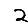
Digit: 2